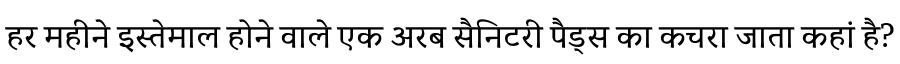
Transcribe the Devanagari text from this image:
हर महीने इस्तेमाल होने वाले एक अरब सैनिटरी पैड्स का कचरा जाता कहां है?